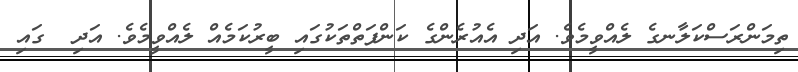
ތިމަންރަސްކަލާނގެ ލެއްވީމެވެ. އަދި އެއުރެންގެ ކަންފަތްތަކުގައި ބީރުކަމެއް ލެއްވީމެވެ. އަދި  ގައި